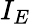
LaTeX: I_{E}